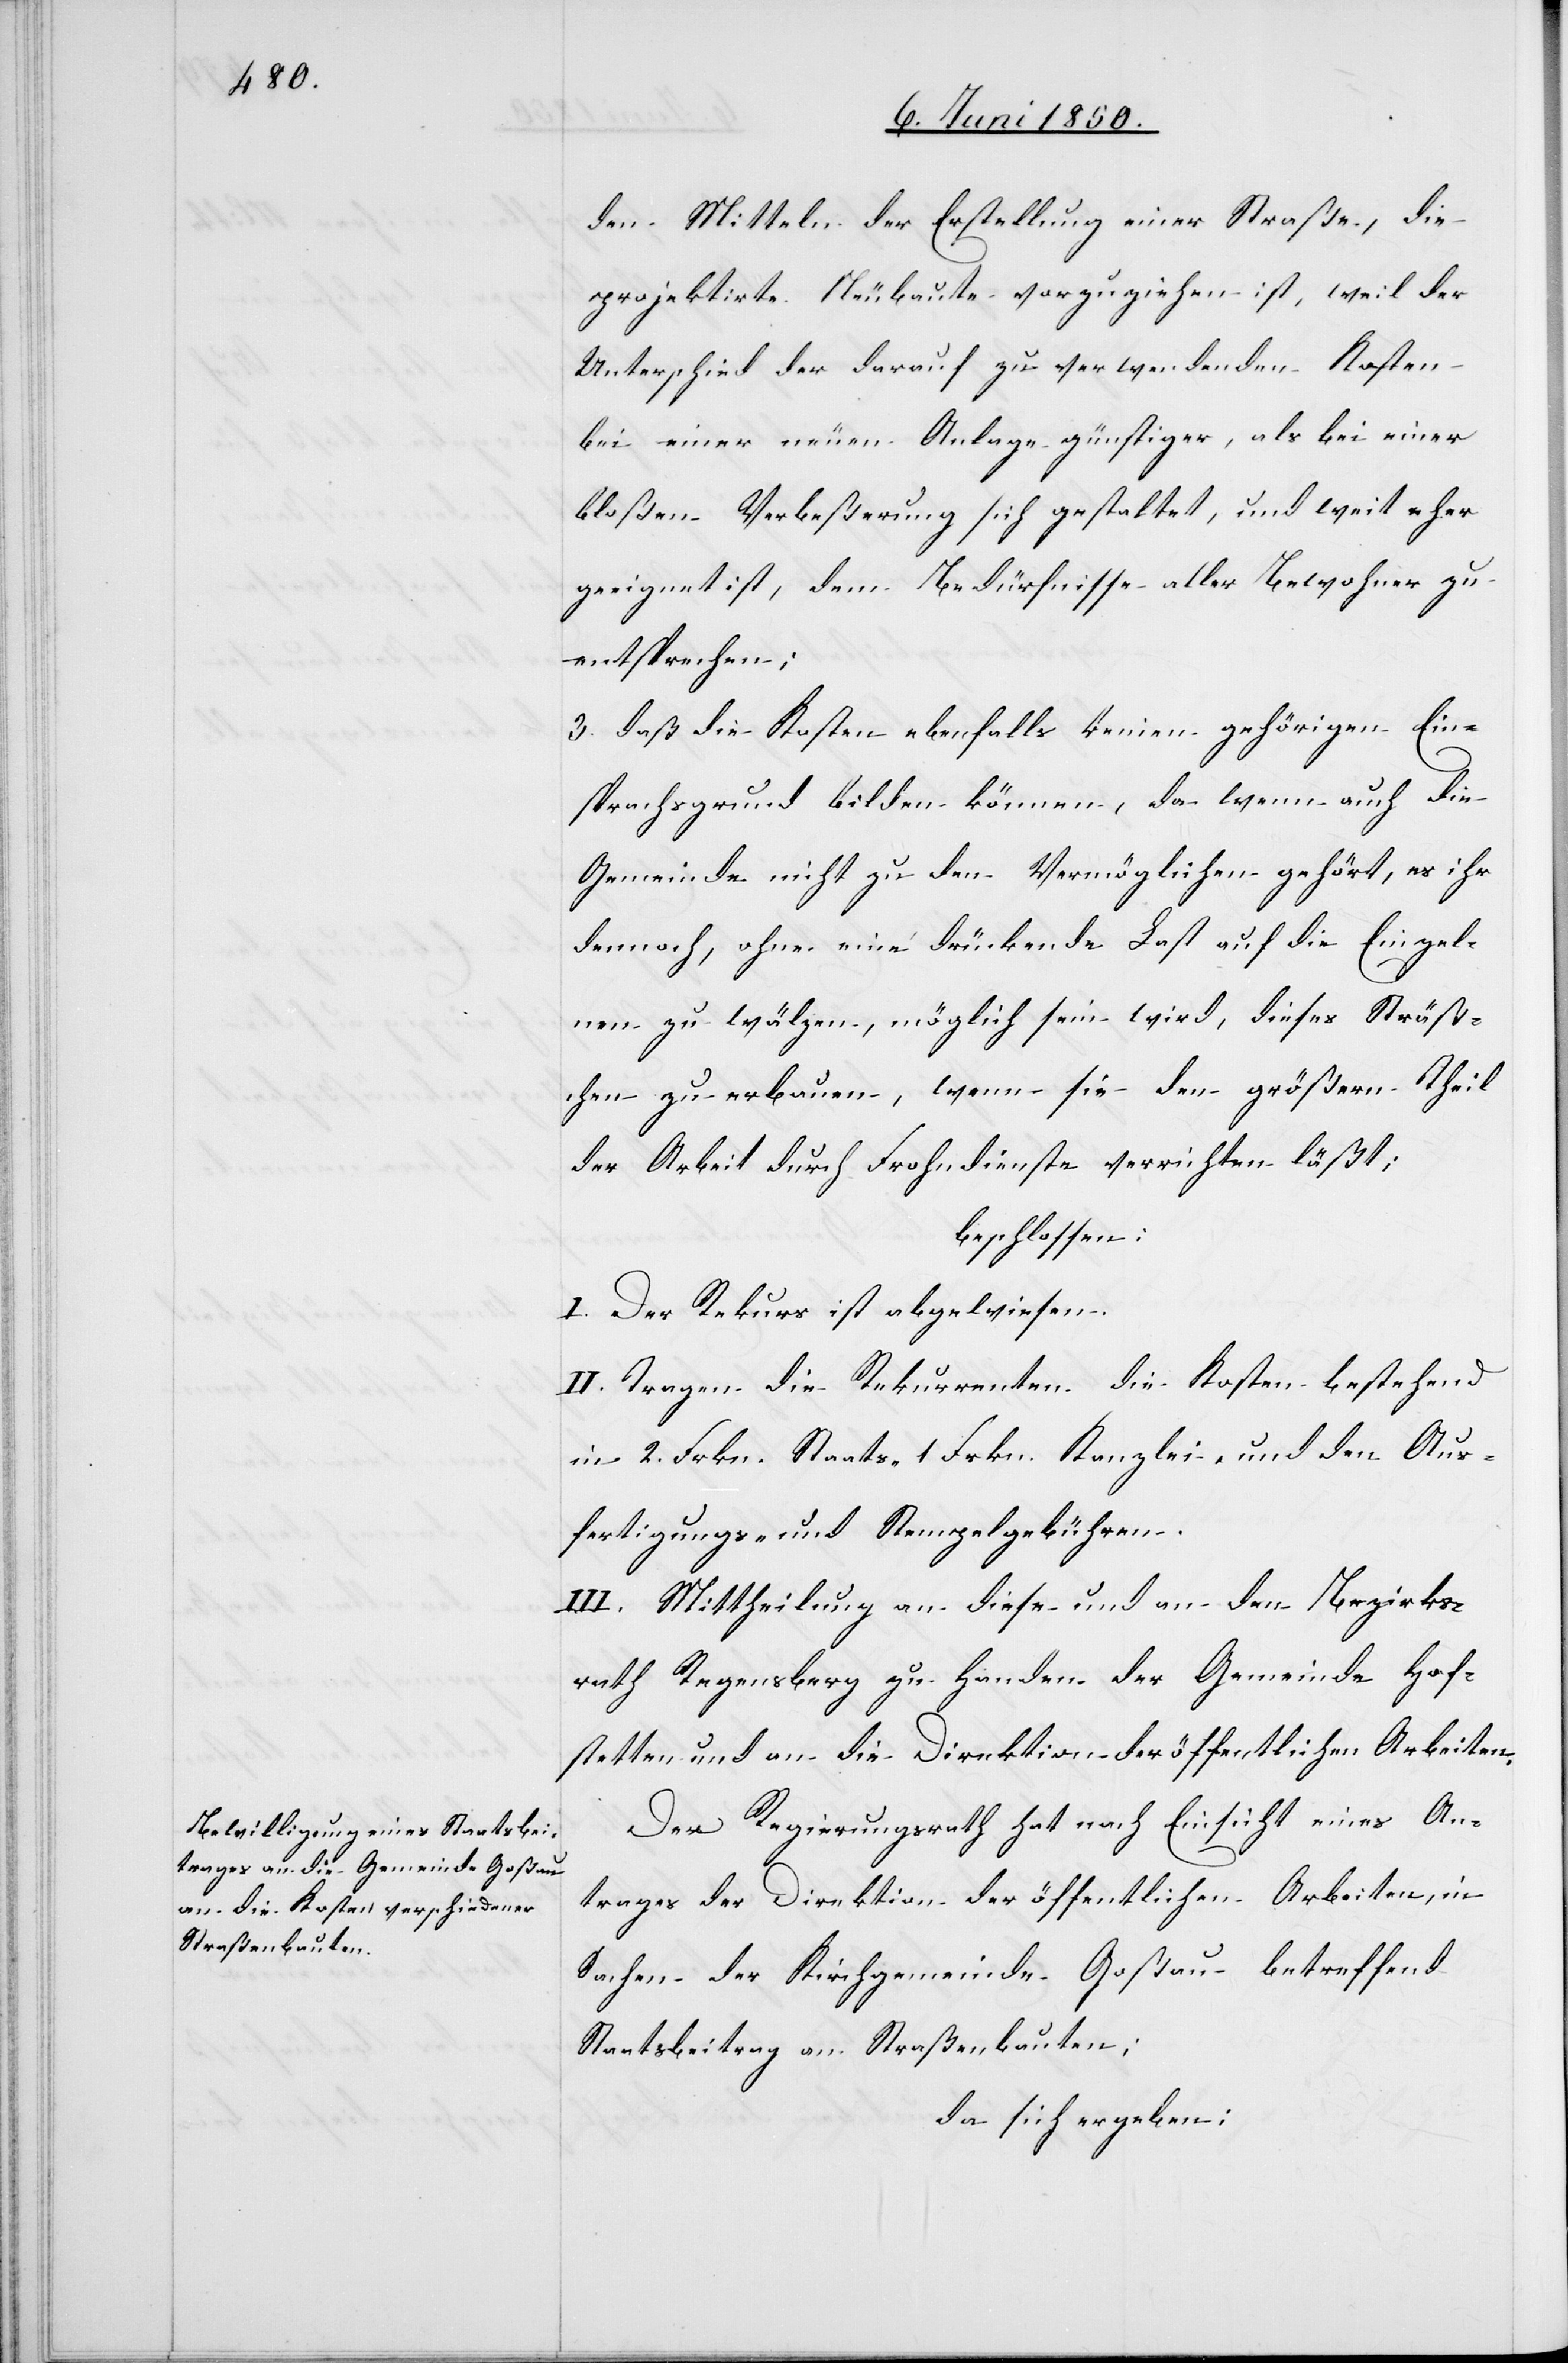
den Mitteln der Erstellung einer Straße, die
projektirte Neubaute vorzuziehen ist, weil der
Unterschied der darauf zu verwendenden Kosten
bei einer neuen Anlage günstiger, als bei einer
bloßen Verbeßerung sich gestaltet, und weit eher
geeignet ist, dem Bedürfnisse aller Bewohner zu
entsprechen;
3. daß die Kosten ebenfalls keinen gehörigen Ein¬
sprachsgrund bilden können, da wenn auch die
Gemeinde nicht zu den Vermöglichen gehört, es ihr
dennoch, ohne eine drückende Last auf die Einzel¬
nen zu wälzen, möglich sein wird, dieses Sträß¬
chen zu erbauen, wenn sie den größern Theil
der Arbeit durch Frohndienste verrichten läßt;
beschlossen:
I. Der Rekurs ist abgewiesen.
II. Tragen die Rekurrenten die Kosten bestehend
in 2. Frkn. Staats-[,] 1. Frkn. Kanzlei- und den Aus¬
fertigungs- und Stempelgebühren.
III. Mittheilung an diese und an den Bezirks¬
rath Regensberg zu Handen der Gemeinde Hof¬
stetten und an die Direktion der öffentlichen Arbeiten.
Der Regierungsrath hat nach Einsicht eines An¬
trages der Direktion der öffentlichen Arbeiten, in
Sachen der Kirchgemeinde Goßau betreffend
Staatsbeitrag an Straßenbauten;
da sich ergeben: